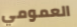
العمومي